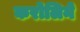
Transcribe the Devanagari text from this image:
करोलिने